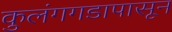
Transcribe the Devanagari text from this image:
कुलंगगडापासून